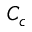
C _ { c }